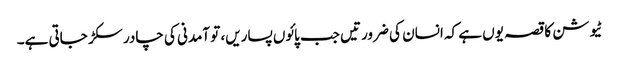
ٹیوشن کا قصہ یوں ہے کہ انسان کی ضرورتیں جب پائوں پساریں، تو آمدنی کی چادر سکڑ جاتی ہے۔